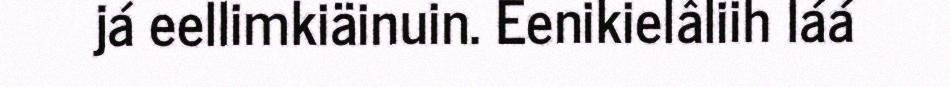
já eellimkiäinuin. Eenikielâliih láá